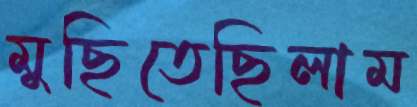
মুছিতেছিলাম